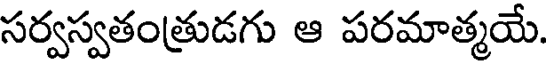
సర్వస్వతంత్రుడగు ఆ పరమాత్మయే.